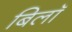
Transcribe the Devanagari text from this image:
बिलॉ